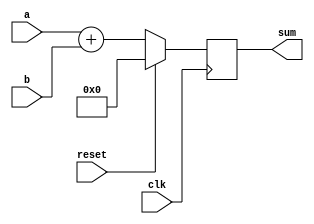
/* Code to test operation of JG

	Behavioral code of a Full Adder
*/

module fulladder ( clk, reset, a, b, sum);

input clk;		// dummy
input reset;	// dummy
input [7:0]a,b;
output reg [7:0]sum;

wire [7:0] w_sum;

assign w_sum = a + b ;


always@(posedge clk)
	begin
		if(reset) begin
		sum <= {8{1'b0}};
		end
		else		
		begin
		sum <= w_sum;
		end
	end
endmodule